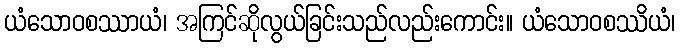
ယံသောဝစဿာယံ၊ အကြင်ဆိုလွယ်ခြင်းသည်လည်းကောင်း။ ယံသောဝစဿိယံ၊